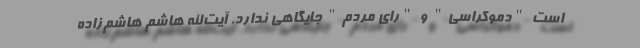
است "دموکراسی" و "رای مردم" جایگاهی ندارد. آیت‌الله هاشم هاشم‌زاده